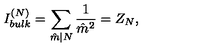
{ I _ { b u l k } ^ { ( N ) } = \sum _ { \hat { m } | N } { \frac { 1 } { { \hat { m } } ^ { 2 } } } = Z _ { N } , }